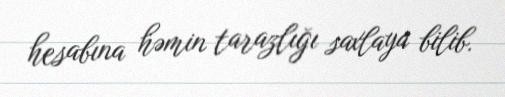
hesabına həmin tarazlığı saxlaya bilib.